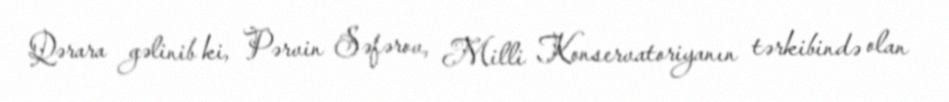
Qərara gəlinib ki, Pərvin Səfərov, Milli Konservatoriyanın tərkibində olan